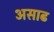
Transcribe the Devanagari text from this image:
असाढ